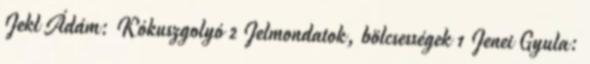
Jekl Ádám: Kókuszgolyó 2 Jelmondatok, bölcsességek 1 Jenei Gyula: